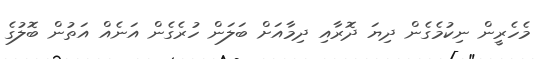
މެހެރީން ނިކުމެގެން ދިޔަ ދޮރާއި ދިމާއަށް ބަލަން ހުރެގެން އަނެއް އަތުން ބޮލުގެ